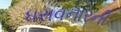
ધરાવનારની